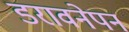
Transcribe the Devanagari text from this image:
डरावनेपन